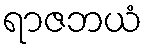
ရာဇဘယံ